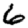
Digit: 6